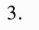
3.